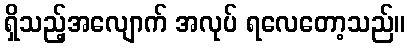
ရှိသည့်အလျောက် အလုပ် ရလေတော့သည်။